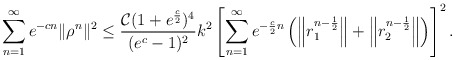
\begin{align*} \sum\limits_{n=1}^{\infty} e^{-cn}\|\rho^n\|^2 & \leq \frac{\mathcal{C}(1+e^{\frac{c}{2}})^4}{(e^{c}-1)^2} k^2 \left[\sum\limits_{n=1}^{\infty} e^{-\frac{c}{2}n} \left( \left\|r_1^{n-\frac{1}{2}}\right\| + \left\|r_2^{n-\frac{1}{2}}\right\| \right) \right]^2. \end{align*}